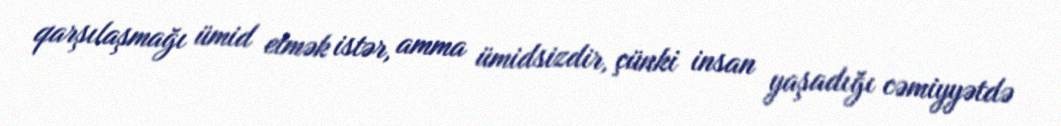
qarşılaşmağı ümid etmək istər, amma ümidsizdir, çünki insan yaşadığı cəmiyyətdə